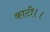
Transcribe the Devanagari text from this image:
काटी।।